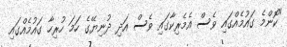
"ކޮންމެ ގައުމެއްގައި ވެސް އެމެރިކާގައި ވެސް އަދި ދުނިޔޭގެ ހަމަ ހުރިހާ ގައުމެއްގައި